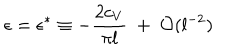
\epsilon = \epsilon ^ { * } \equiv - { \frac { 2 c _ { V } } { \pi l } } ~ + ~ { \cal O } ( l ^ { - 2 } )